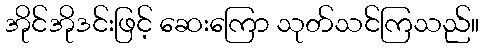
အိုင်အိုဒင်းဖြင့် ဆေးကြော သုတ်သင်ကြသည်။